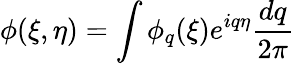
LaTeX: \phi(\xi,\eta)=\int\phi_{q}(\xi)e^{iq\eta}\frac{dq}{2\pi}